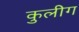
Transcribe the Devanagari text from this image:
कुलीग